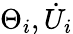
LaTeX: \Theta_{i},{\dot{U}}_{i}